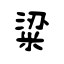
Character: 粱